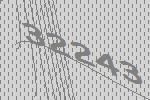
32243